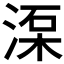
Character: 𣸺